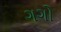
ગગો